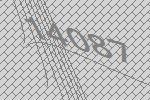
14087